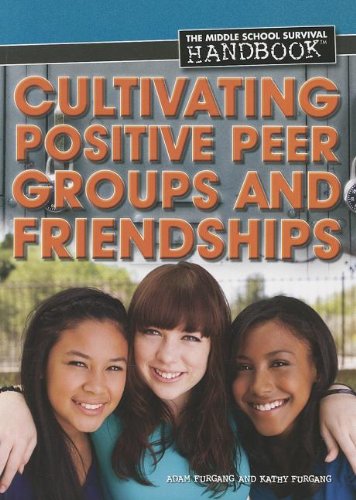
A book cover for Cultivating Positive Peer Groups and Friendships (Middle School Survival Handbook); Adam Furgang; Teen & Young Adult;